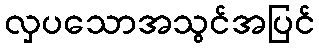
လှပသောအသွင်အပြင်